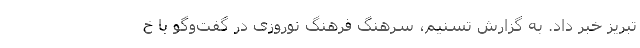
تبریز خبر داد. به گزارش تسنیم، سرهنگ فرهنگ نوروزی در گفت‌وگو با خ